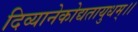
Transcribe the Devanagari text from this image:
दिव्यानेकोद्यतायुधम्‌।।